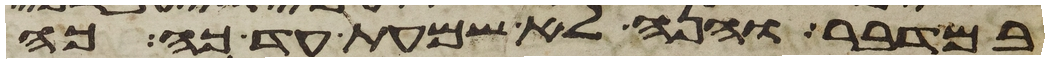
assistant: במדבר והנה לא שמעת עד כה כה